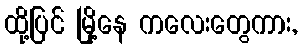
ထို့ပြင် မြို့နေ ကလေးတွေကား,